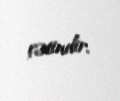
çətindir.